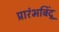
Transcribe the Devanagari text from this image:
प्रारंभबिंदू